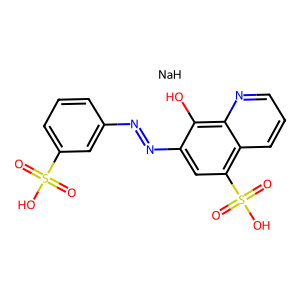
SMILES: O=S(=O)(O)c1cccc(N=Nc2cc(S(=O)(=O)O)c3cccnc3c2O)c1.[NaH]
Inhibits HIV replication: No